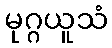
မုဂ္ဂယူသံ